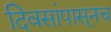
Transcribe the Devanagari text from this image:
दिवसांपासूनच